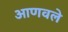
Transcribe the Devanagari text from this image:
आणवले